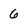
Character: 6